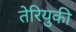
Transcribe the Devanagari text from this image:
तेरियुकी